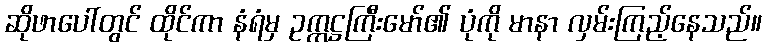
ဆိုဖာပေါ်တွင် ထိုင်ကာ နံရံမှ ဥက္ကဋ္ဌကြီးမော်၏ ပုံကို မာနာ လှမ်းကြည့်နေသည်။